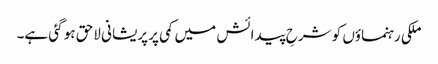
ملکی رہنماؤں کو شرحِ پیدائش میں کمی پر پریشانی لاحق ہو گئی ہے۔